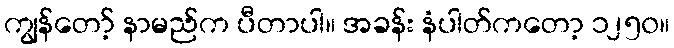
ကျွန်တော့် နာမည်က ပီတာပါ။ အခန်း နံပါတ်ကတော့ ၁၂၅၀။